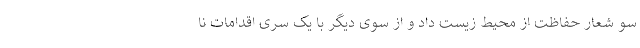
سو شعار حفاظت از محیط زیست داد و از سوی دیگر با یک سری اقدامات نا